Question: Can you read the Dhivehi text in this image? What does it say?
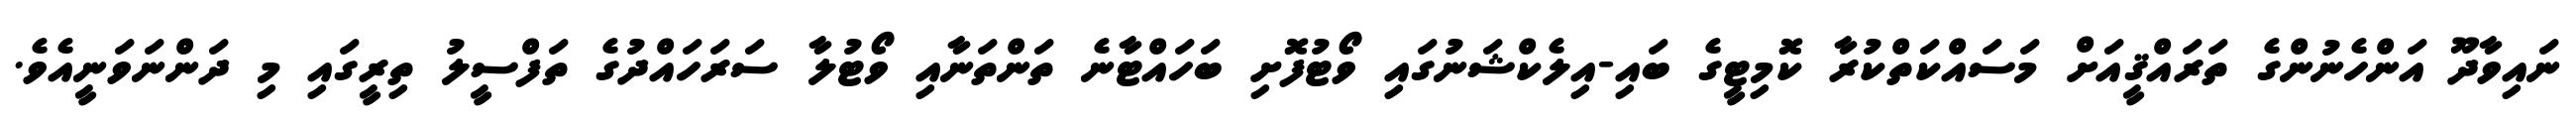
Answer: ނައިވާދޫ އަންހެނުންގެ ތަރައްޤީއަށް މަސައްކަތްކުރާ ކޮމިޓީގެ ބައި-އިލެކްޝަނުގައި ވޯޓުފޮށި ބަހައްޓާނެ ތަންތަނާއި ވޯޓުލާ ސަރަހައްދުގެ ތަފްސީލު ތިރީގައި މި ދަންނަވަނީއެވެ.